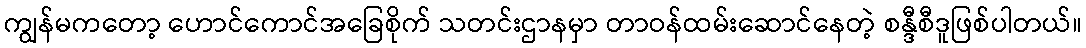
ကျွန်မကတော့ ဟောင်ကောင်အခြေစိုက် သတင်းဌာနမှာ တာဝန်ထမ်းဆောင်နေတဲ့ စန္ဒီစီဒူဖြစ်ပါတယ်။